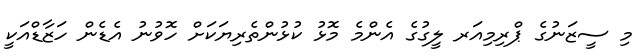
މި ސީޒަނުގެ ޕްރިމިއަރ ލީގުގެ އެންމެ މޮޅު ކުޅުންތެރިޔަކަށް ހޮވުނު އެޑެން ހަޒާޑްއަކީ